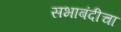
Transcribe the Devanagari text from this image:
सभाबंदीचा